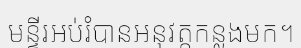
មន្ទីរអប់រំបានអនុវត្តកន្លងមក។